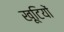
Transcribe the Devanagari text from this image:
खूटियों